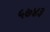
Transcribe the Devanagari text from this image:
५७४३